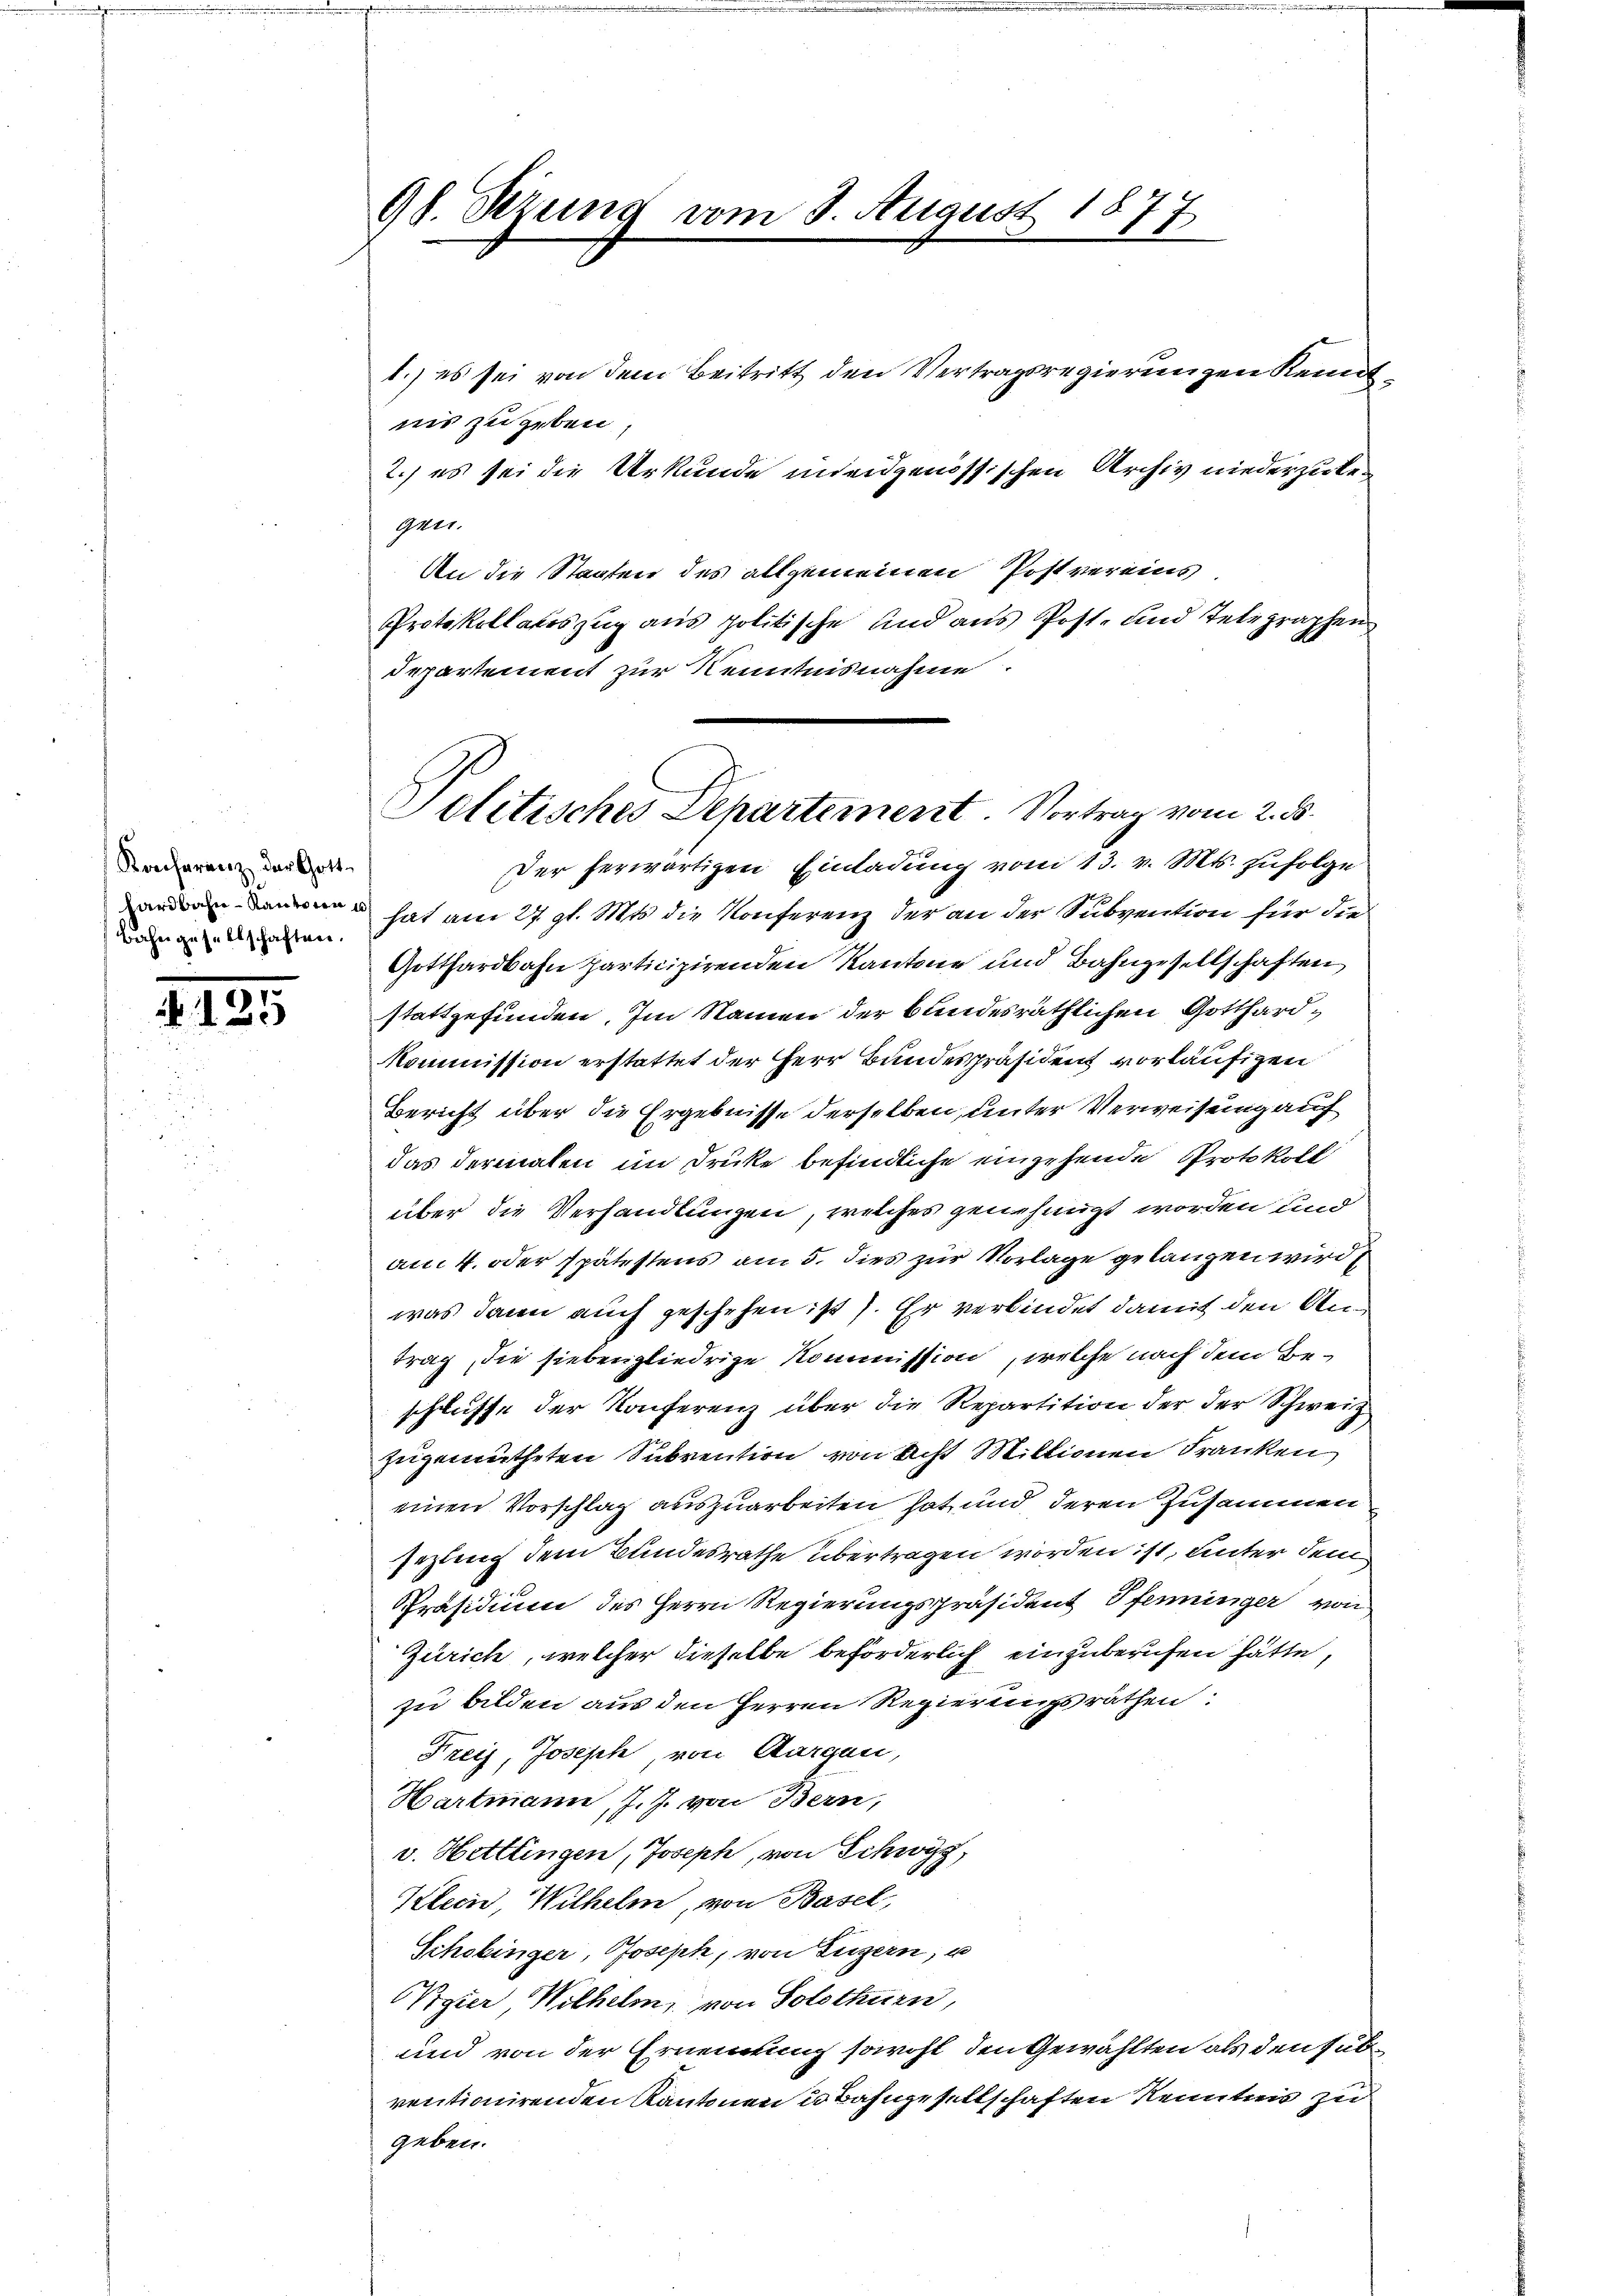
Konferenz der Gotthardbahn-Kantonen 10/
Bahngesellschaften.

125

Gb. Perung vom 3. August 187.
F

1.) es sei von dem Beitritt den Vertragsregierungen Kenntins zugeben,
gen.
An die Staaten des allgemeinen Postvereins
Protokollauszug aus politische und aus Post- und Telegraphen
Departement zur Kenntnisnahme.

2.) es sei die Urkunde uneidgenössischen Archiv niederzule¬

Politisches Departement. Vortrag vom 2. d.

Der herwärtigen Einladung vom 13. v. Mts. zufolge
hat am 27. gl. Mts. die Konferenz der an der Subvention für die
Gotthardbahn particizirenden Kantone und Bahngesellschaften
stattgefunden. Im Namen der bundesräthlichen Gotthard¬
Kommission erstattet der Herr Bundespräsident vorläufigen
Bericht über die Ergebnisse derselben, unter Verweisung auf
das dermalen im Drucke befindliche einzehende Protokoll
über die Verhandlungen, welches genehmigt worden und
am 4. oder spätestens am 5. dies zur Vorlage gelangen wird
was dann auch geschehen ist. Er verbindet damit den Antrag, die siebengliedrige Kommission, welche nach dem Beschlusse der Konferenz über die Repartition der der Schweiz
zugemutheten Subvention von Acht Millionen Franken
einen Vorschlag auszuarbeiten hat und deren Zusammen
seztung dem Bundesrathe übertragen worden ist, unter dem
Präsidium des Herrn Regierungspräsident Pfenninger von
Zürich, welcher dieselbe beförderlich einzuberufen hätte,
zu bilden aus den Herren Regierungsräthen:
Freis, Joseph, von Aargau,
Hartmann, J. J. von Bern,
v. Hettlingen, Joseph, von Schwyz,
Klein, Wilhelm, von Basel,
Schobinger, Joseph, von Luzern, u
Vigier Wilhelm, von Solothurn,
und von der Ernennung sowohl den Gewählten als den sub
ventionirenden Kantonen u Bahngesellschaften Kenntnis zu
geben.